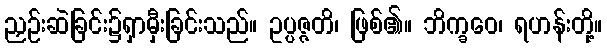
ညှဉ်းဆဲခြင်း၌ရှာမှီးခြင်းသည်။ ဥပ္ပဇ္ဇတိ၊ ဖြစ်၏။ ဘိက္ခဝေ၊ ရဟန်းတို့။